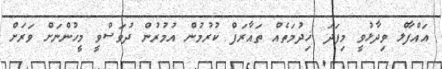
އައްފާލް ވިދާޅުވީ މިފަދަ ޚިދުމަތެއް ތައާރަފް ކުރުމުން އުމުރުން ދުވަސްވީ މީހުންނަށް ވަރަށް